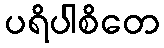
ပရိပါစိတေ